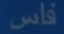
فاس